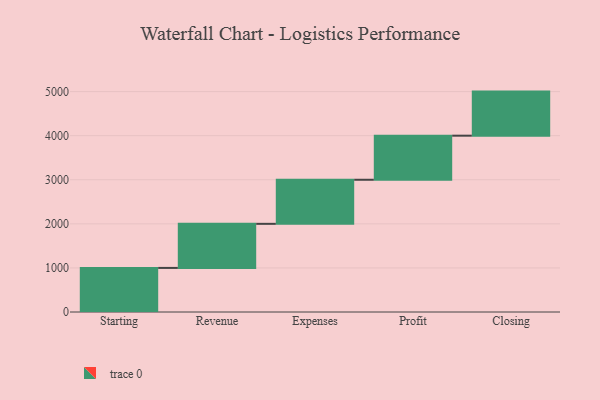
{"axis": {"x": "Step", "y": "Value"}, "legend": [""], "data": [{"x": "Starting", "y": 1000, "type": ""}, {"x": "Revenue", "y": 1000, "type": ""}, {"x": "Expenses", "y": 1000, "type": ""}, {"x": "Profit", "y": 1000, "type": ""}, {"x": "Closing", "y": 1000, "type": ""}]}